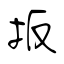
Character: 扳